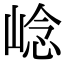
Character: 𡹓